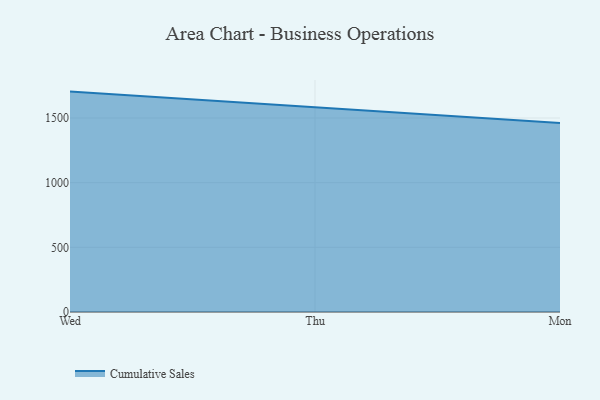
{"axis": {"x": "Day", "y": "Waste Production (Tons)"}, "legend": ["Cumulative Sales"], "data": [{"x": "Wed", "y": 1704.0, "type": "Cumulative Sales"}, {"x": "Thu", "y": 1580.6, "type": "Cumulative Sales"}, {"x": "Mon", "y": 1461.9, "type": "Cumulative Sales"}]}